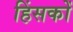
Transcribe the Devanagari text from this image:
हिंसकों